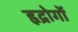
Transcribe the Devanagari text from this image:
हृद्रोगों